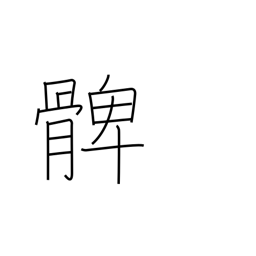
Meaning: thigh